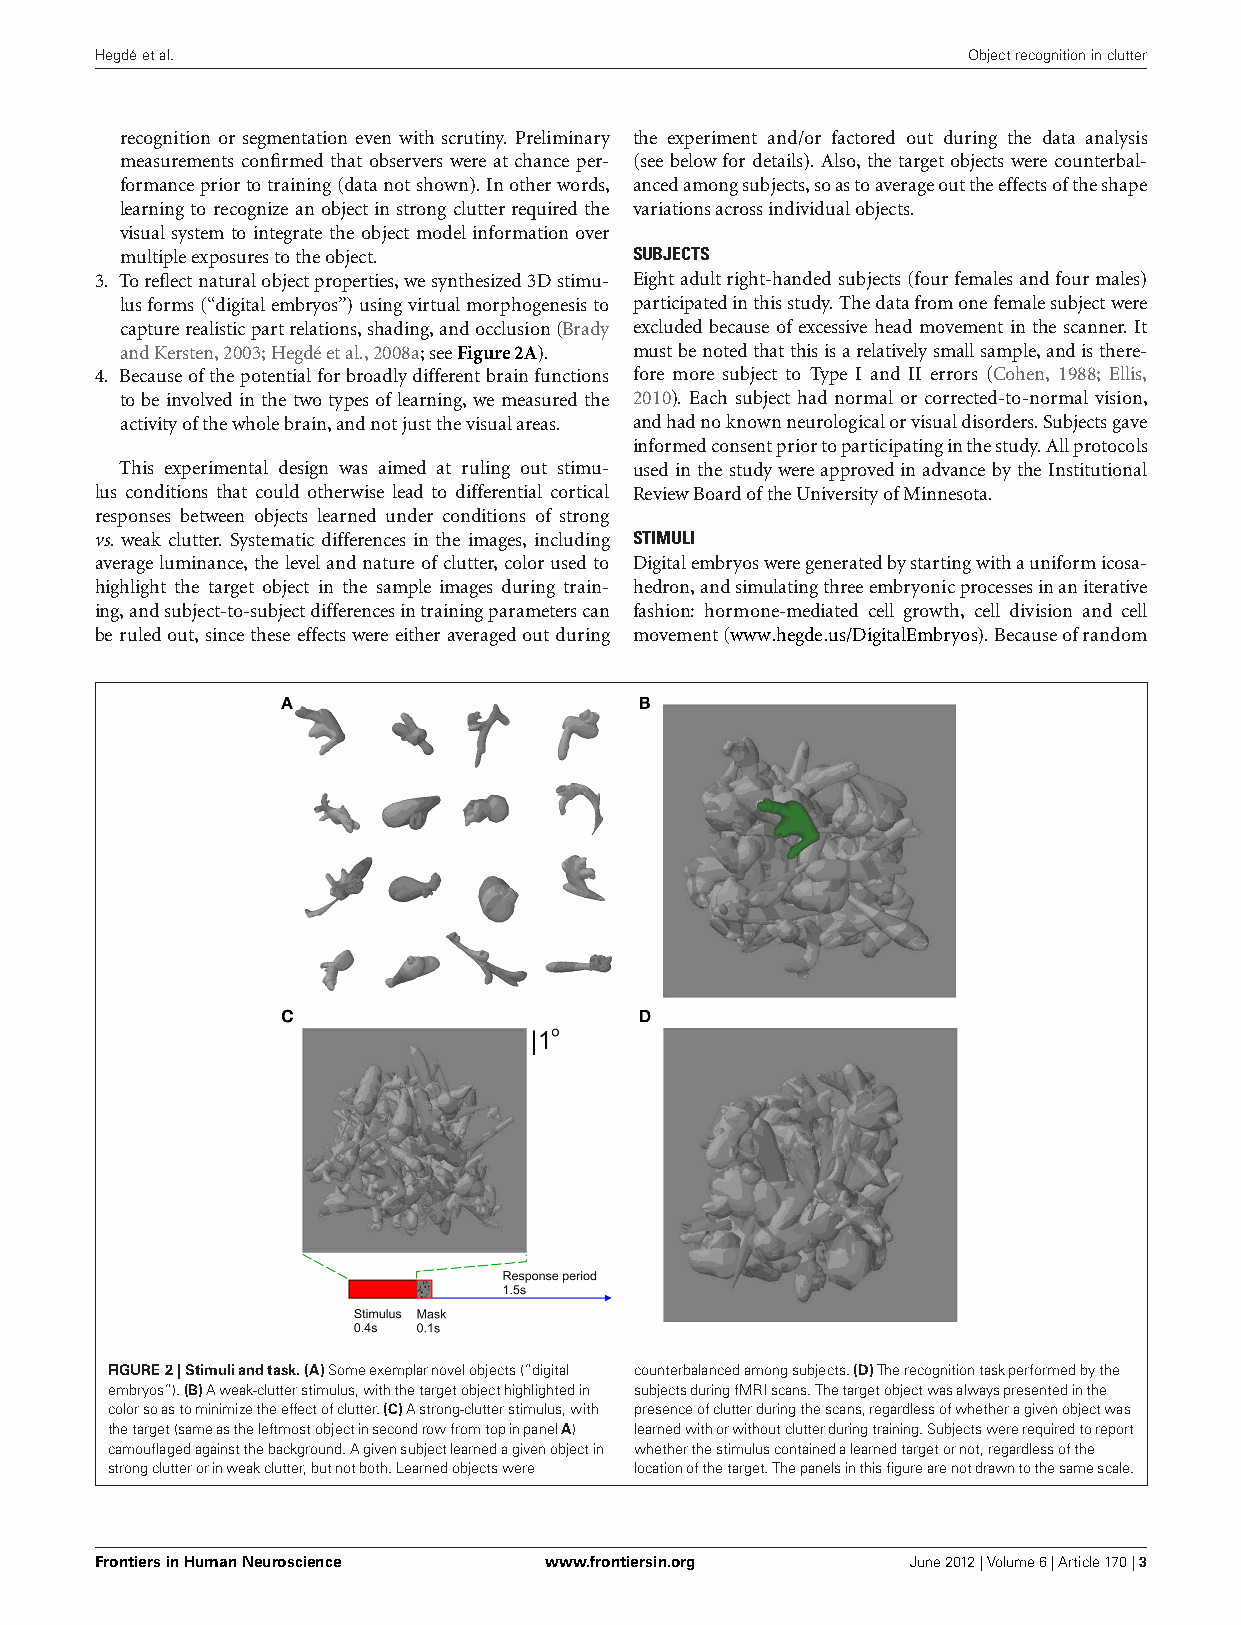
Hegdéetal.                                                Objectrecognitioninclutter
 recognition or segmentation even with scrutiny. Preliminary the experiment and/or factored out during the data analysis
 measurements confirmed that observers were at chance per- (see belowfordetails). Also,the targetobjects werecounterbal-
 formancepriortotraining(datanotshown).Inotherwords, ancedamongsubjects,soastoaverageouttheeffectsoftheshape
 learningto recognize anobject instrong clutterrequired the variationsacrossindividualobjects.
 visualsystem to integrate the object model informationover
 multipleexposurestotheobject.     SUBJECTS
 3. Toreflectnaturalobjectproperties,wesynthesized3Dstimu- Eightadultright-handedsubjects(fourfemalesandfourmales)
 lusforms(“digitalembryos”)usingvirtualmorphogenesisto participatedinthisstudy.Thedatafromonefemalesubjectwere
 capturerealisticpartrelations,shading,andocclusion(Brady excludedbecauseofexcessive head movement inthescanner. It
 andKersten,2003;Hegdéetal.,2008a;seeFigure2A). mustbenotedthatthisisarelativelysmallsample,andisthere-
 4. Becauseofthepotentialforbroadlydifferentbrainfunctions fore more subject to Type I and II errors (Cohen, 1988; Ellis,
 tobeinvolvedinthetwotypesoflearning,wemeasuredthe 2010). Each subject had normal or corrected-to-normal vision,
 activityofthewholebrain,andnotjustthevisualareas. andhadnoknownneurologicalorvisualdisorders.Subjectsgave
 informedconsentpriortoparticipatinginthestudy.Allprotocols
 This experimental design was aimed at ruling out stimu- usedinthestudywereapprovedinadvancebytheInstitutional
 lus conditions that could otherwise lead to differential cortical ReviewBoardoftheUniversityofMinnesota.
 responses between objects learned under conditions of strong
 vs. weak clutter. Systematic differences in the images, including STIMULI
 averageluminance,thelevel andnatureofclutter,colorusedto Digitalembryosweregeneratedbystartingwithauniformicosa-
 highlight the target object in the sample images during train- hedron,andsimulatingthreeembryonicprocessesinaniterative
 ing,andsubject-to-subjectdifferencesintrainingparameterscan fashion: hormone-mediated cell growth, cell division and cell
 beruledout,sincethese effectswereeitheraveragedoutduring movement(www.hegde.us/DigitalEmbryos).Becauseofrandom
 FIGURE2|Stimuliandtask.(A)Someexemplarnovelobjects(“digital counterbalancedamongsubjects.(D)Therecognitiontaskperformedbythe
 embryos”).(B)Aweak-clutterstimulus,withthetargetobjecthighlightedin subjectsduringfMRIscans.Thetargetobjectwasalwayspresentedinthe
 colorsoastominimizetheeffectofclutter.(C)Astrong-clutterstimulus,with presenceofclutterduringthescans,regardlessofwhetheragivenobjectwas
 thetarget(sameastheleftmostobjectinsecondrowfromtopinpanelA) learnedwithorwithoutclutterduringtraining.Subjectswererequiredtoreport
 camouflagedagainstthebackground.Agivensubjectlearnedagivenobjectin whetherthestimuluscontainedalearnedtargetornot,regardlessofthe
 strongclutterorinweakclutter,butnotboth.Learnedobjectswere locationofthetarget.Thepanelsinthisfigurearenotdrawntothesamescale.
 FrontiersinHumanNeuroscience  www.frontiersin.org     June2012|Volume6|Article170|3